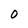
Character: O